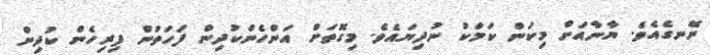
ނޭނގެއެވެ. ޔާނާއަށް މިކަން ކަމަކު ނުދިޔައެވެ. މިގޮތަށް އަންހެންކުދިން ފަހަތުން ފިރިހެން ކުދިން